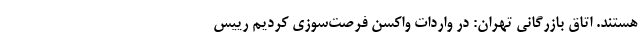
هستند. اتاق بازرگانی تهران: در واردات واکسن فرصت‌سوزی کردیم رییس